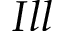
I l l